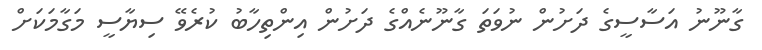
ގާނޫނު އަސާސީގެ ދަށުން ނުވަތަ ގާނޫނެއްގެ ދަށުން އިންތިހާބު ކުރެވޭ ސިޔާސީ މަގާމަކަށް